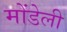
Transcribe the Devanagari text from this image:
मोंडेली